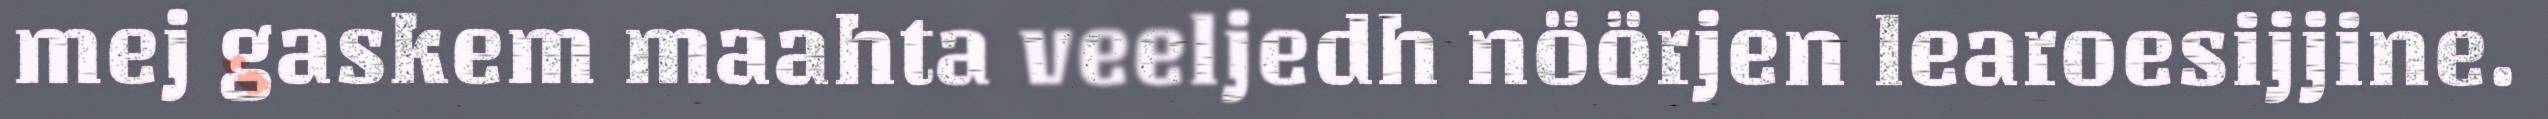
mej gaskem maahta veeljedh nöörjen learoesijjine.